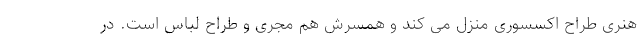
هنری طراح اکسسوری منزل می کند و همسرش هم مجری و طراح لباس است. در